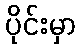
ပိုင်းမှာ